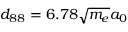
d _ { 8 8 } = 6 . 7 8 \sqrt { m _ { e } } a _ { 0 }